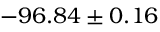
- 9 6 . 8 4 \pm 0 . 1 6